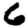
Digit: 6